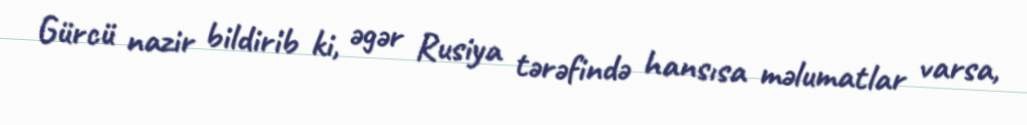
Gürcü nazir bildirib ki, əgər Rusiya tərəfində hansısa məlumatlar varsa,